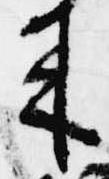
来